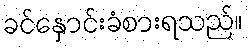
ခင်နှောင်းခံစားရသည်။